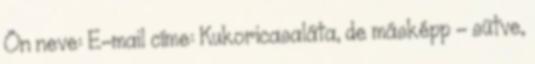
Ön neve: E-mail címe: Kukoricasaláta, de másképp - sütve,